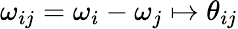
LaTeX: \omega_{ij}=\omega_{i}-\omega_{j}\mapsto\theta_{ij}